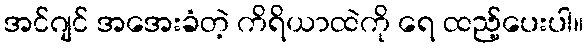
အင်ဂျင် အအေးခံတဲ့ ကိရိယာထဲကို ရေ ထည့်ပေးပါ။